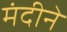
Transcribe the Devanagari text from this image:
मंदीने